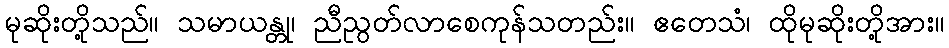
မုဆိုးတို့သည်။ သမာယန္တု၊ ညီညွတ်လာစေကုန်သတည်း။ ဧတေသံ၊ ထိုမုဆိုးတို့အား။